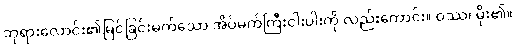
ဘုရားလောင်း၏မြင်ခြင်းမက်သော အိပ်မက်ကြီးငါးပါးကို လည်းကောင်း။ ဝဿ၊ မိုး၏။